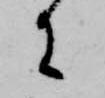
に